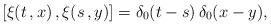
LaTeX: \begin{align*}\left[ \xi(t\,,x)\,,\xi(s\,,y)\right] =\delta_0(t-s)\,\delta_0(x-y),\end{align*}